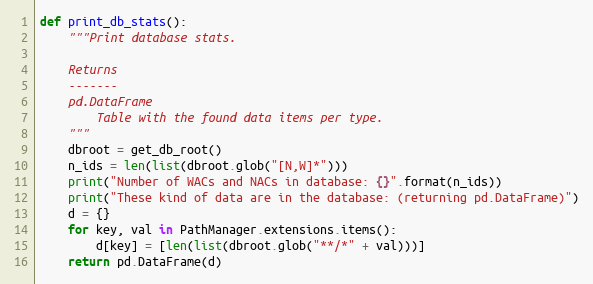
Language: Python
def print_db_stats():
    """Print database stats.

    Returns
    -------
    pd.DataFrame
        Table with the found data items per type.
    """
    dbroot = get_db_root()
    n_ids = len(list(dbroot.glob("[N,W]*")))
    print("Number of WACs and NACs in database: {}".format(n_ids))
    print("These kind of data are in the database: (returning pd.DataFrame)")
    d = {}
    for key, val in PathManager.extensions.items():
        d[key] = [len(list(dbroot.glob("**/*" + val)))]
    return pd.DataFrame(d)